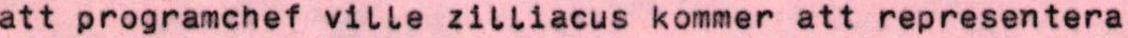
att programchef ville zilliacus kommer att representera